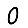
Digit: 0